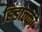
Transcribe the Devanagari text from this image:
हिंडाल्‍को